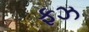
ફઝ